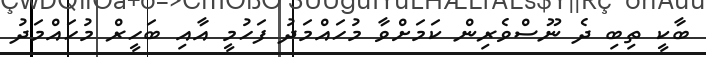
ބާކީ ތިބި ދެ ނޫސްވެރިން ކަމަށްވާ މުހައްމަދު ފަހުމީ އާއި ބަހީރް މުހައްމަދު